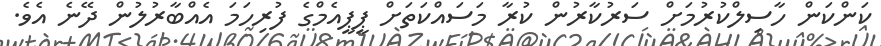
ކަންކަން ހާސިލްކުރުމަށް ސަރުކާރުން ކުރާ މަސައްކަތަށް ޕީޕީއެމްގެ ފުރިހަމަ އެއްބާރުލުން ދޭނެ އެވެ.